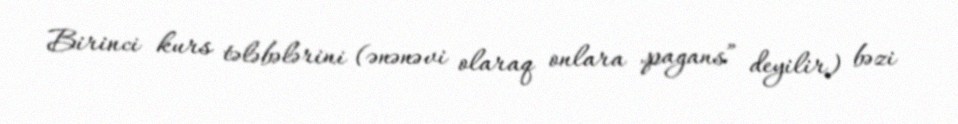
Birinci kurs tələbələrini (ənənəvi olaraq onlara „pagans” deyilir) bəzi